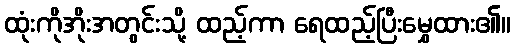
ထုံးကိုအိုးအတွင်းသို့ ထည့်ကာ ရေထည့်ပြီးမွှေထား၏။